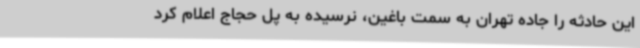
این حادثه را جاده تهران به سمت باغین، نرسیده به پل حجاج اعلام کرد